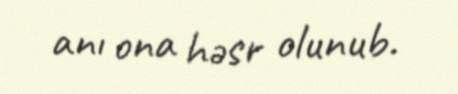
anı ona həsr olunub.